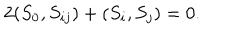
2 ( S _ { 0 } , S _ { i j } ) + ( S _ { i } , S _ { j } ) = 0 .